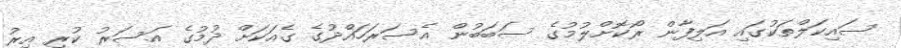
ސައިކަލްތަކުގައި އަލިފާން ރޯކޮށްލުމުގެ ސަބަބުން އެސަރަހައްދުގެ ގެއަކަށް ދުމުގެ އަސަރު ކުރި އިރު